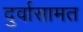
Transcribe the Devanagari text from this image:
दुर्वासामत